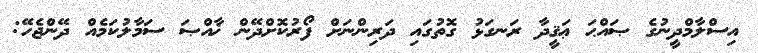
އިސްލާމްދީނުގެ ޞައްޙަ ޢަޤީދާ ރަނގަޅު ގޮތުގައި ދަރިންނަށް ފޯރުކޮށްދޭން ޚާއްޞަ ސަމާލުކަމެއް ދޭންޖެހޭ: